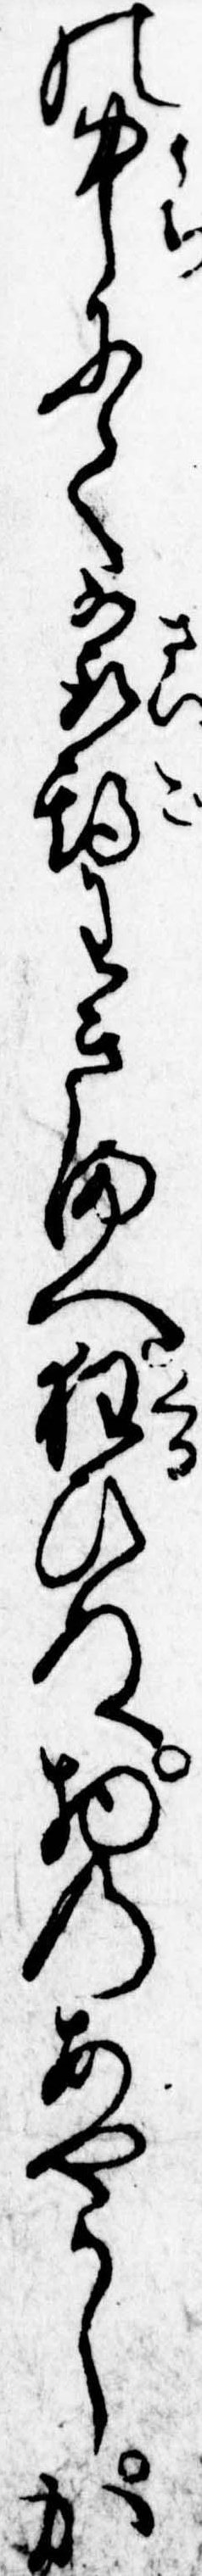
の中にて最期わきまへ狂ひぬ物のあやかしか